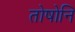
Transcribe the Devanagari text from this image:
तोषोनि